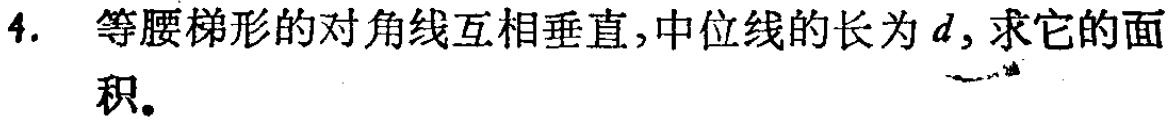
4. 等腰梯形的对角线互相垂直,中位线的长为\(d\),求它的面积。